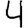
Digit: 4